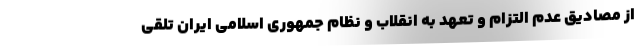
از مصادیق عدم التزام و تعهد به انقلاب و نظام جمهوری اسلامی ایران تلقی